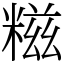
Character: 糍